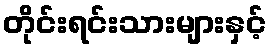
တိုင်းရင်းသားများနှင့်